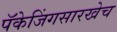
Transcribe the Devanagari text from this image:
पॅकेजिंगसारखेच